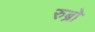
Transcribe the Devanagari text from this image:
रुब्रो